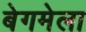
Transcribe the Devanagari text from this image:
बेगमेला